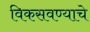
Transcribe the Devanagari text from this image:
विकसवण्याचे